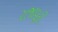
રાજાપૂરી